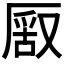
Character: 𠪔